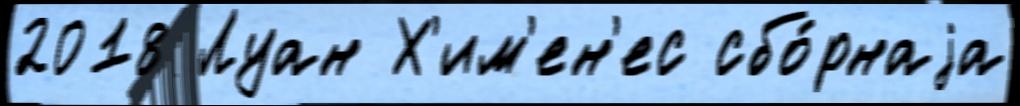
2018 Луан Х'им'ен'ес сбо́рнаjа